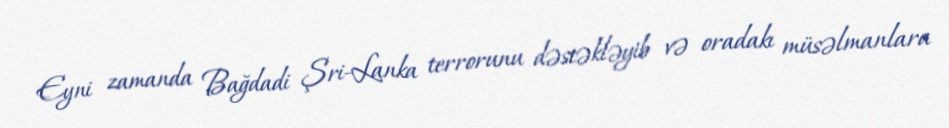
Eyni zamanda Bağdadi Şri-Lanka terrorunu dəstəkləyib və oradakı müsəlmanlara